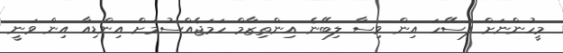
މީހުންނަށް ފަސޭހަ އިން ވިސާ ލިބޭނެ އިންތިޒާމް ހަމަޖެއްސުމަށް އިންޑިއާ އިން ވަނީ